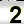
Digit: 2